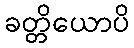
ခတ္တိယောပိ